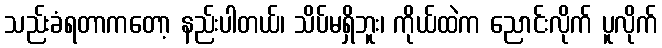
သည်းခံရတာကတော့ နည်းပါတယ်၊ သိပ်မရှိဘူး၊ ကိုယ်ထဲက ညောင်းလိုက် ပူလိုက်